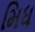
મિધ